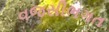
વજસીભગત